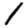
Digit: 1